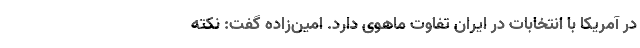
در آمریکا با انتخابات در ایران تفاوت ماهوی دارد. امین‌زاده گفت: نکته